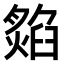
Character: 𤎡